Annual report of the Punjab Veterinary College and of the Civil Veterinary Department, Punjab - 1926-1932
Year: 1926
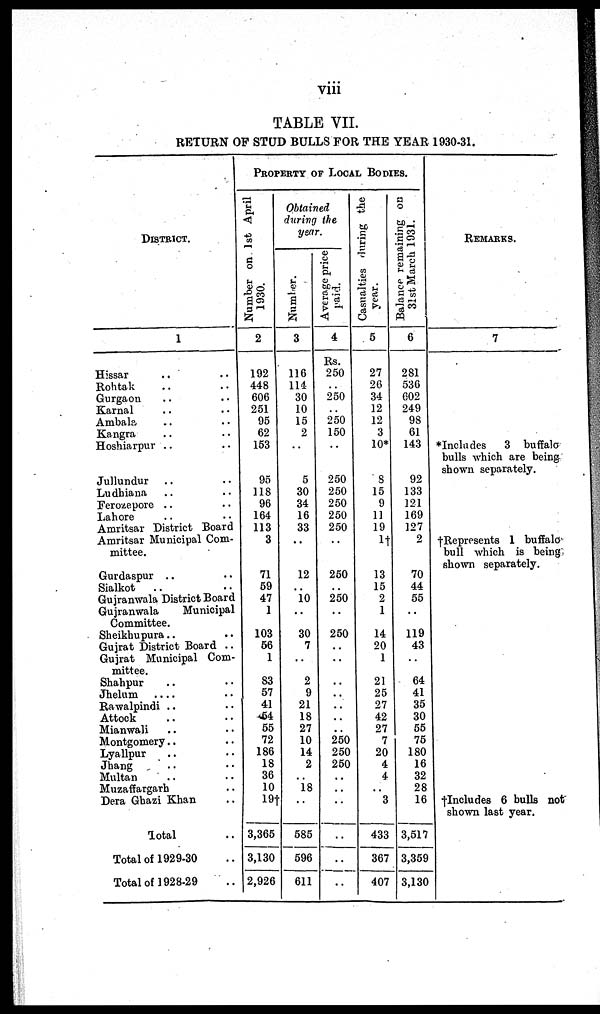
viii
TABLE VII.
RETURN OF STUD BULLS FOR THE YEAR 1930-31.
DISTRICT
1
Hissar .. .. .. ..
Rohtak .. .. .. ..
Gurgaon .. .. ..
Karnal .. .. .. ..
Ambala .. .. ..
Kangra .. .. ..
Hoshiarpur .. .. ..
Jullundur .. .. ..
Ludhiana .. .. .. .. ..
Ferozepore .. .. ..
Lahore .. ..
Amritsar District Board
Amritsar Municipal Com-
mittee.
Gurdaspur .. .. ..
Sialkot
.. .. .. ..
Gujranwala District Board
Gujranwala
Municipal
Committee.
Sheikhupura .. .. ..
Gujrat District Board ..
Gujrat Municipal Com-
mittee.
Shahpur .. ..
Jhelum
.. .. .. ..
Rawalpindi .. .. ..
Attock .. .. ..
Mianwali .. .. .. ..
Montgomery .. .. ..
Lyallpur .. .. ..
Jhang .. .. ..
Multan .. .. ..
Muzaffargarh .. ..
Dera Ghazi Khan .. .. ..
Total ..
Total of 1929-30 ..
Total of 1928-29 ..
PROPERTY OF LOCAL BODIES
Number on 1st April
1930.
2
192
448
606
251
95
62
153
95
118
96
164
113
3
71
69
47
1
103
56
1
83
57
41
64
55
72
186
18
36
10
19†
3,365
3,130
2,926
Obtained
during the
year.
Number.
3
116
114
30
10
15
2
..
5
30
34
16
33
..
12
..
10
..
30
7
..
2
9
21
18
27
10
14
2
18
..
585
596
611
Average price
paid.
4
Rs.
250
..
250
..
250
150
..
250
250
250
250
250
..
250
..
250
..
250
..
..
..
..
..
..
..
250
250
250
..
..
..
..
..
..
Casualties during the
year.
5
27
26
34
12
12
3
10*
8
15
9
11
19
1†
13
15
2
1
14
20
1
21
25
27
42
27
7
20
4
4
..
3
433
367
407
Balance
remaining on
31st March 1931.
6
281
536
602
249
98
61
143
92
133
121
169
127
2
70
44
55
..
119
43
..
64
41
35
30
55
75
180
16
32
28
16
3,517
3,359
3,130
REMARKS.
7
*Includes
3 buffalo
bulls which are being
shown separately.
†Represents 1 buffalo
bull which is being
shown separately.
†Includes 6 bulls not
shown last year.